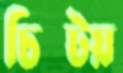
চিম্‌টয়